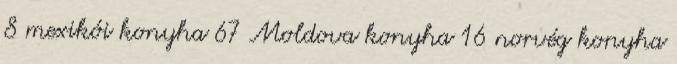
8 mexikói konyha 67 Moldova konyha 16 norvég konyha